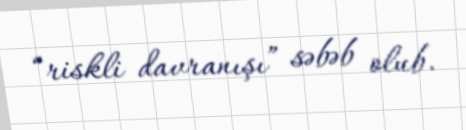
“riskli davranışı” səbəb olub.